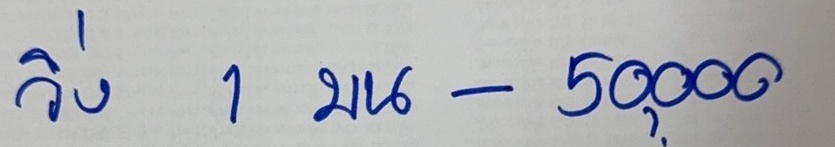
วิ่ง 1 บน - 50,000